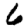
Digit: 6